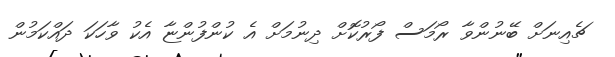
ޗެއިނަށް ބޭނުންވާ ރޯމަސް ފޯރުކޮށް ދިނުމަށް އެ ކުންފުންޏާ އެކު ވާހަކަ ދައްކަމުން